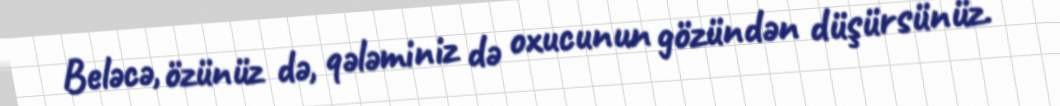
Beləcə, özünüz də, qələminiz də oxucunun gözündən düşürsünüz.